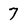
Character: 7